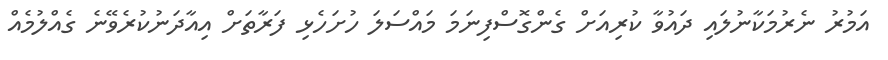
އަމުރު ނެރުމަކާނުލައި ދައުވާ ކުރިއަށް ގެންގޮސްފިނަމަ މައްސަލަ ހުށަހެޅި ފަރާތަށް އިއާދަނުކުރެވޭނެ ގެއްލުމެއް